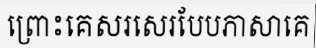
ព្រោះគេសរសេរបែបភាសាគេ